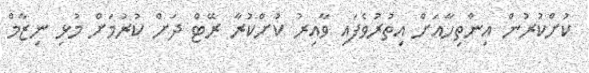
ކުށްކުރުން އިންތިހާއަށް އިތުރުވެފައި ވާއިރު ކުށްކުރާ ރޭޓް ދަށް ކުރުމަށް މުޅި ނިޒާމް